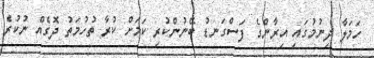
ހަމަލާ ދިނުމުގައި އިރާންގެ ފަސްގަނޑު ބޭނުންކުރި ކަމަށް ކުރާ ތުހުމަތު ދޮގެެއް ނުކުރެ